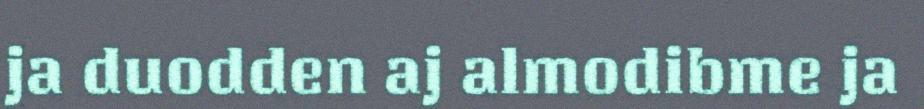
ja duodden aj almodibme ja